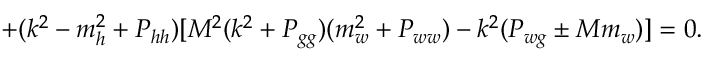
+ ( k ^ { 2 } - m _ { h } ^ { 2 } + P _ { h h } ) [ M ^ { 2 } ( k ^ { 2 } + P _ { g g } ) ( m _ { w } ^ { 2 } + P _ { w w } ) - k ^ { 2 } ( P _ { w g } \pm M m _ { w } ) ] = 0 .